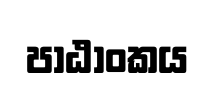
පාඨාංකය